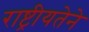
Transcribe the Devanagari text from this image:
राष्ट्रीयतेने